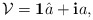
\begin{align*}\mathcal{V} = {\mbox{\bf 1}} \hat{a} + {\mbox{\bf i}}a, \end{align*}